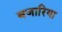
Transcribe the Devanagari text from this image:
बजारिया